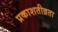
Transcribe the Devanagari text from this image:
प्रकाशतीव्रता